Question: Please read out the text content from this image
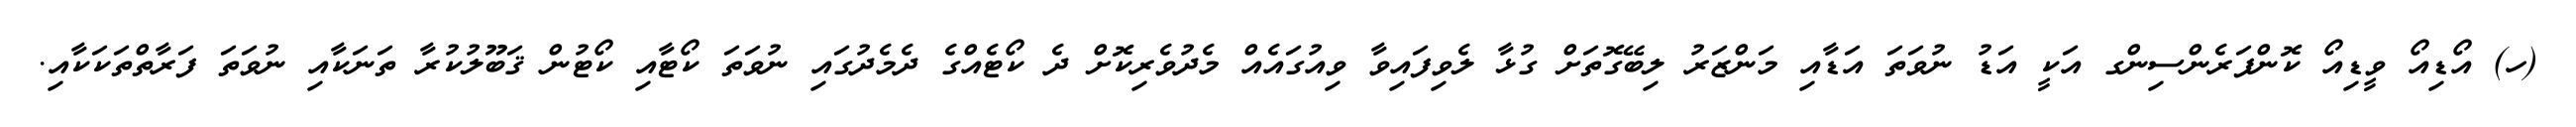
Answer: (ހ) އޯޑިއޯ ވީޑިއޯ ކޮންފަރެންސިންގ އަކީ އަޑު ނުވަތަ އަޑާއި މަންޒަރު ލިބޭގޮތަށް ގުޅާ ލެވިފައިވާ ވިއުގައެއް މެދުވެރިކޮށް ދެ ކޯޓެއްގެ ދެމެދުގައި ނުވަތަ ކޯޓާއި ކޯޓުން ޤަބޫލުކުރާ ތަނަކާއި ނުވަތަ ފަރާތްތަކަކާއި.